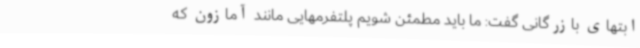
ابتهای بازرگانی گفت: ما باید مطمئن شویم پلتفرمهایی مانند آمازون که